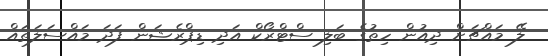
ލޭ މައްޗަށް ދިއުން ހިތުގެ ބަލި ސްޓްރޯކް އަދި ޑިޕްރެޝަން ފަދަ މައްސަލަތައް